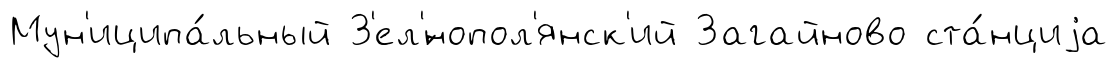
Мун'иципа́льный З'ел'́нопол'янск'ий Загайново ста́нциjа